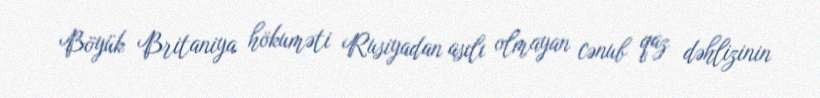
Böyük Britaniya hökuməti Rusiyadan asılı olmayan cənub qaz dəhlizinin